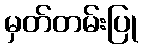
မှတ်တမ်းပြု